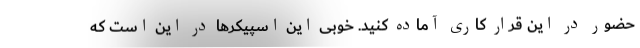
حضور در این قرار کاری آماده کنید. خوبی این اسپیکرها در این است که